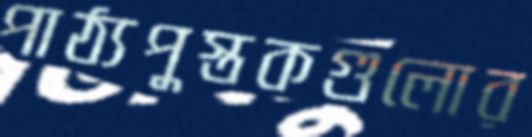
পাঠ্যপুস্তকগুলোর